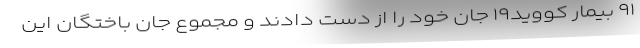
۹۱ بیمار کووید۱۹ جان خود را از دست دادند و مجموع جان باختگان این